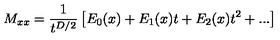
M _ { x x } = { \frac { 1 } { t ^ { D / 2 } } } \left[ E _ { 0 } ( x ) + E _ { 1 } ( x ) t + E _ { 2 } ( x ) t ^ { 2 } + . . . \right]